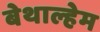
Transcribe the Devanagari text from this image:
बेथाल्हेम